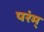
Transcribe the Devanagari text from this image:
परंम्